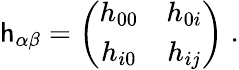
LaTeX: \mathsf{h}_{\alpha\beta}=\left(\begin{array}{cc}{{h_{00}}}&{{h_{0i}}}\\ {{h_{i0}}}&{{h_{ij}}}\end{array}\right)\; .